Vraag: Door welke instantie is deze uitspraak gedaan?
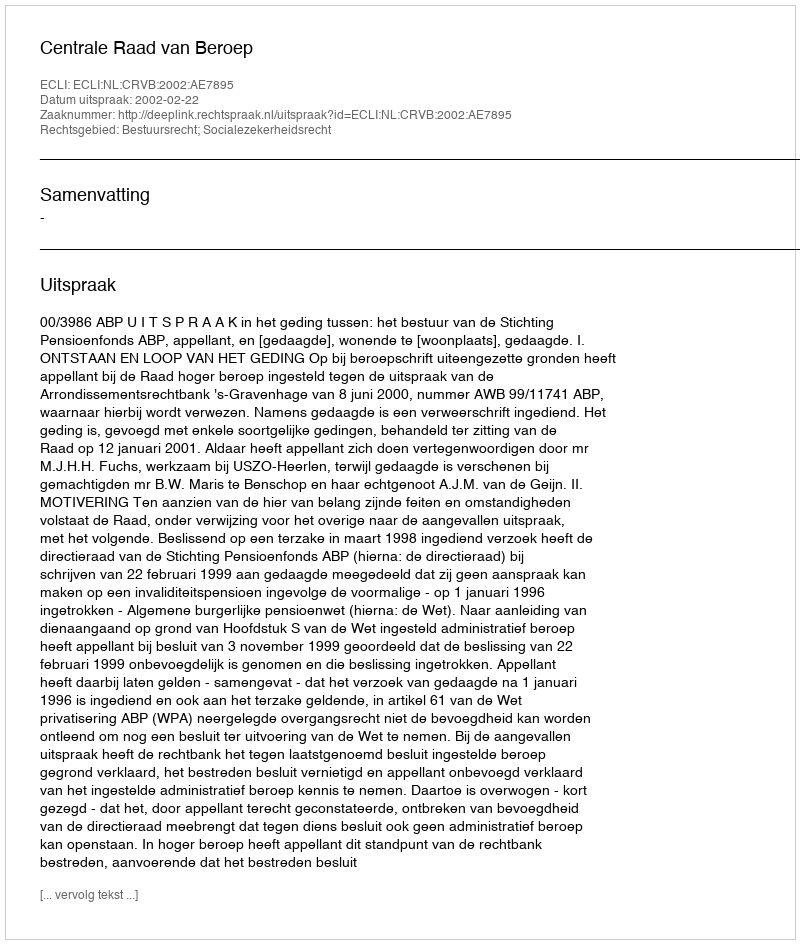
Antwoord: Centrale Raad van Beroep